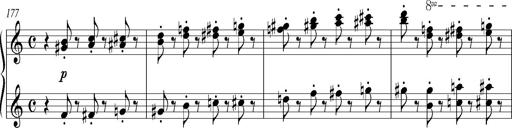
Title: Bagatelle sans tonalitÃ©
Composer: Franz Liszt